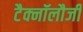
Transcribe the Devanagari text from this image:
टैक्नॉलौजी